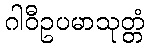
ဂါဝီဥပမာသုတ္တံ